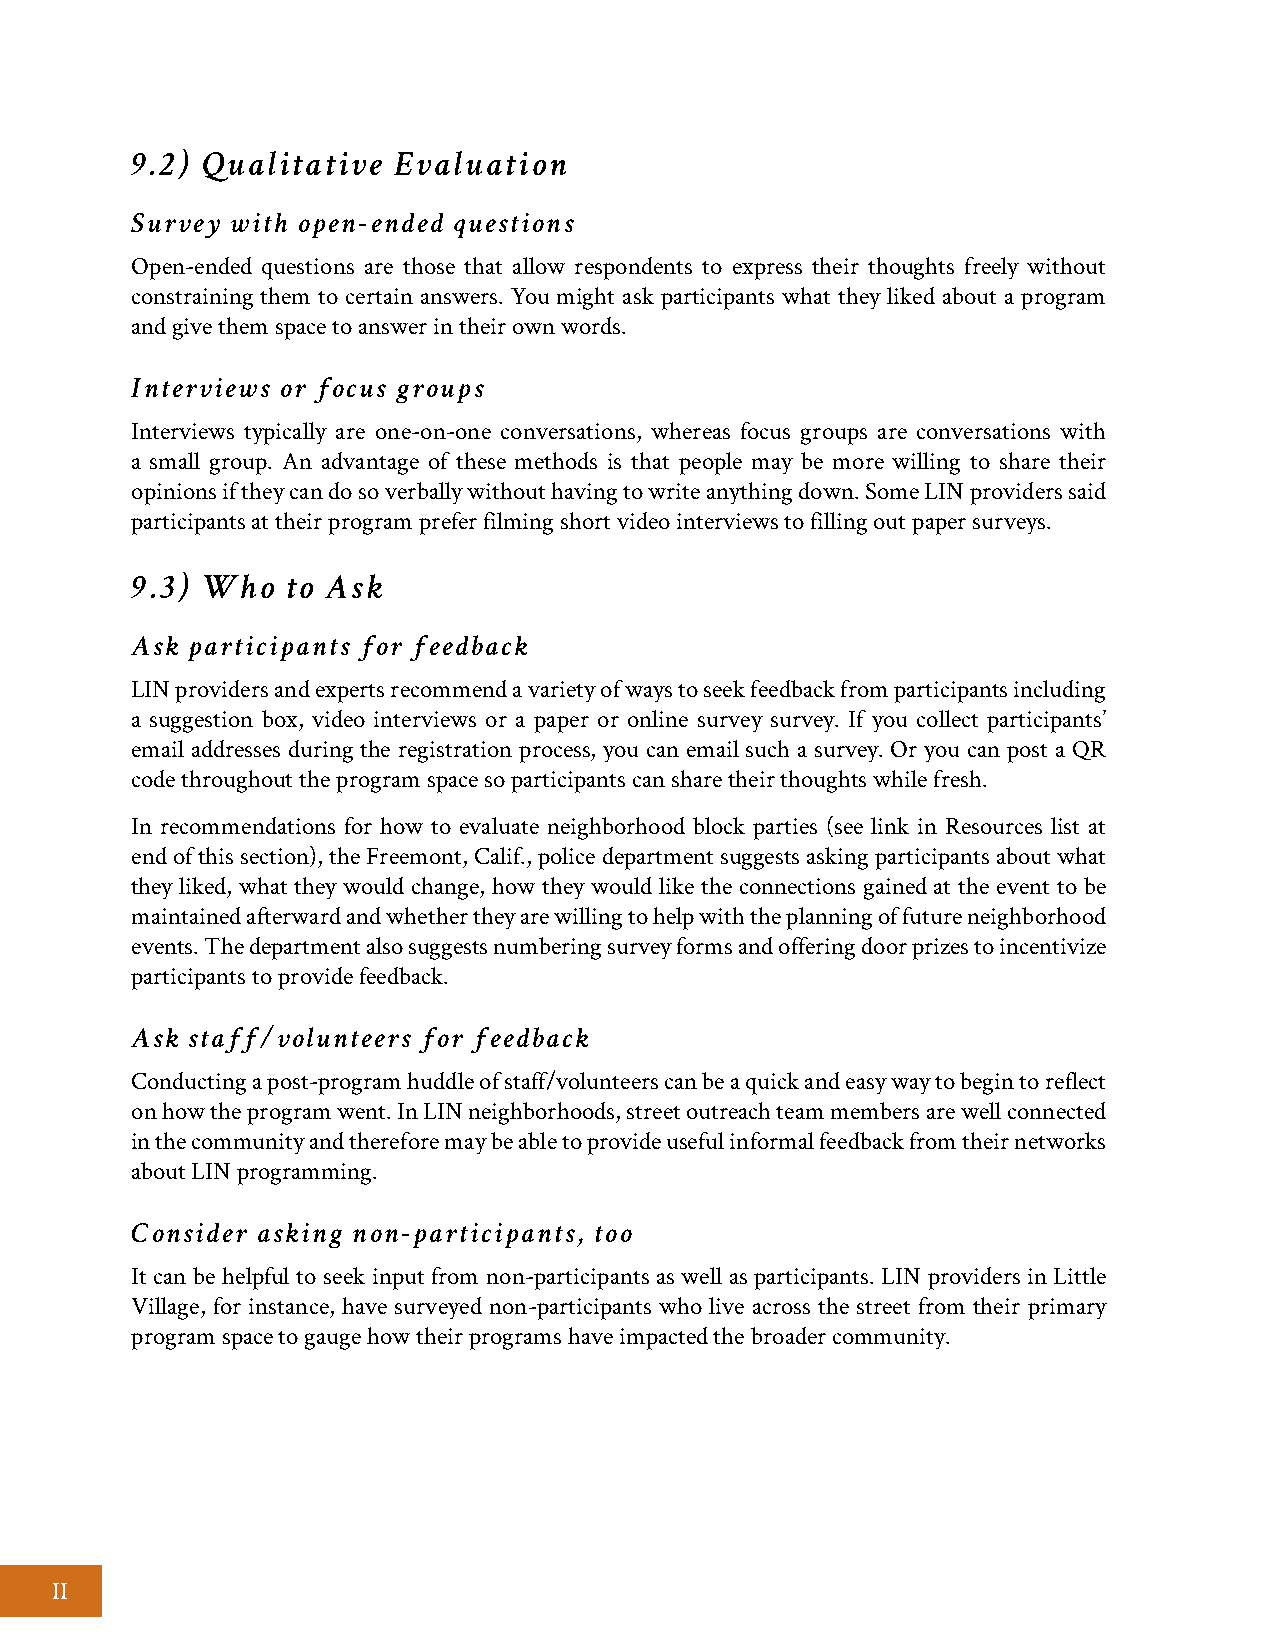
9.2) Qualitative Evaluation
 Survey with open-ended questions
 Open-ended questions are those that allow respondents to express their thoughts freely without
 constraining them to certain answers. You might ask participants what they liked about a program
 and give them space to answer in their own words.
 Interviews or focus groups
 Interviews typically are one-on-one conversations, whereas focus groups are conversations with
 a small group. An advantage of these methods is that people may be more willing to share their
 opinions if they can do so verbally without having to write anything down. Some LIN providers said
 participants at their program prefer filming short video interviews to filling out paper surveys.
 9.3) Who  to Ask
 Ask participants for feedback
 LIN providers and experts recommend a variety of ways to seek feedback from participants including
 a suggestion box, video interviews or a paper or online survey survey. If you collect participants’
 email addresses during the registration process, you can email such a survey. Or you can post a QR
 code throughout the program space so participants can share their thoughts while fresh.
 In recommendations for how to evaluate neighborhood block parties (see link in Resources list at
 end of this section), the Freemont, Calif., police department suggests asking participants about what
 they liked, what they would change, how they would like the connections gained at the event to be
 maintained afterward and whether they are willing to help with the planning of future neighborhood
 events. The department also suggests numbering survey forms and offering door prizes to incentivize
 participants to provide feedback.
 Ask staff/volunteers for feedback
 Conducting a post-program huddle of staff/volunteers can be a quick and easy way to begin to reflect
 on how the program went. In LIN neighborhoods, street outreach team members are well connected
 in the community and therefore may be able to provide useful informal feedback from their networks
 about LIN programming.
 Consider asking non-participants, too
 It can be helpful to seek input from non-participants as well as participants. LIN providers in Little
 Village, for instance, have surveyed non-participants who live across the street from their primary
 program space to gauge how their programs have impacted the broader community.
 II